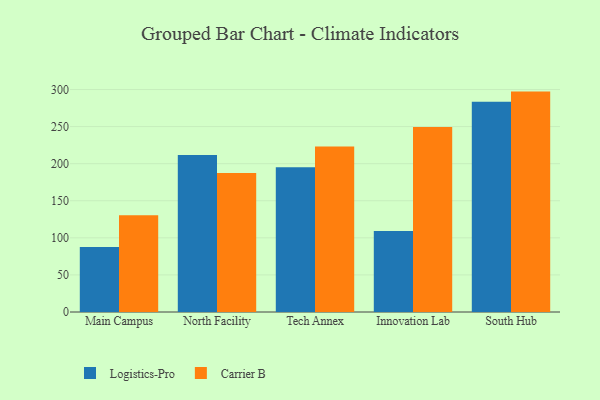
{"axis": {"x": "Campus", "y": "Satisfaction Score"}, "legend": ["Carrier B", "Logistics-Pro"], "data": [{"x": "Main Campus", "y": 87.8, "type": "Logistics-Pro"}, {"x": "Main Campus", "y": 130.5, "type": "Carrier B"}, {"x": "North Facility", "y": 211.8, "type": "Logistics-Pro"}, {"x": "North Facility", "y": 187.4, "type": "Carrier B"}, {"x": "Tech Annex", "y": 195.1, "type": "Logistics-Pro"}, {"x": "Tech Annex", "y": 223.1, "type": "Carrier B"}, {"x": "Innovation Lab", "y": 109.1, "type": "Logistics-Pro"}, {"x": "Innovation Lab", "y": 249.4, "type": "Carrier B"}, {"x": "South Hub", "y": 283.5, "type": "Logistics-Pro"}, {"x": "South Hub", "y": 297.2, "type": "Carrier B"}]}